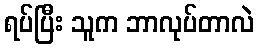
ရပ်ပြီး သူက ဘာလုပ်တာလဲ